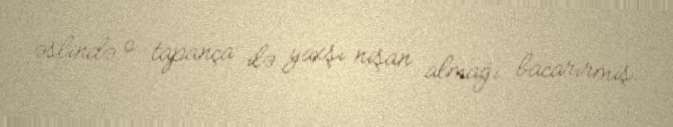
əslində o tapança ilə yaxşı nişan almağı bacarırmış.